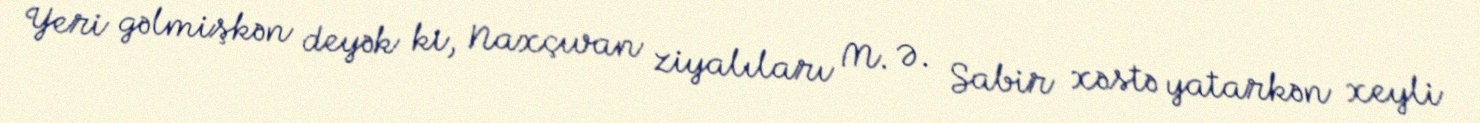
Yeri gəlmişkən deyək ki, Naxçıvan ziyalıları M. Ə. Sabir xəstə yatarkən xeyli